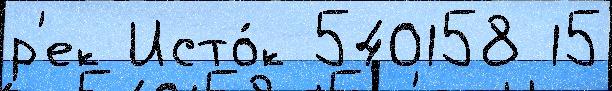
р'ек Исто́к 540158 15